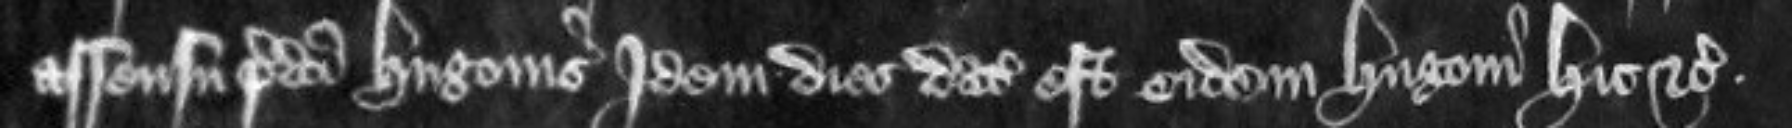
assensu predicti Hugonis Idem dies datus est eidem Hugoni hic etc.